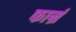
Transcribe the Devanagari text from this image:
फार्म्र